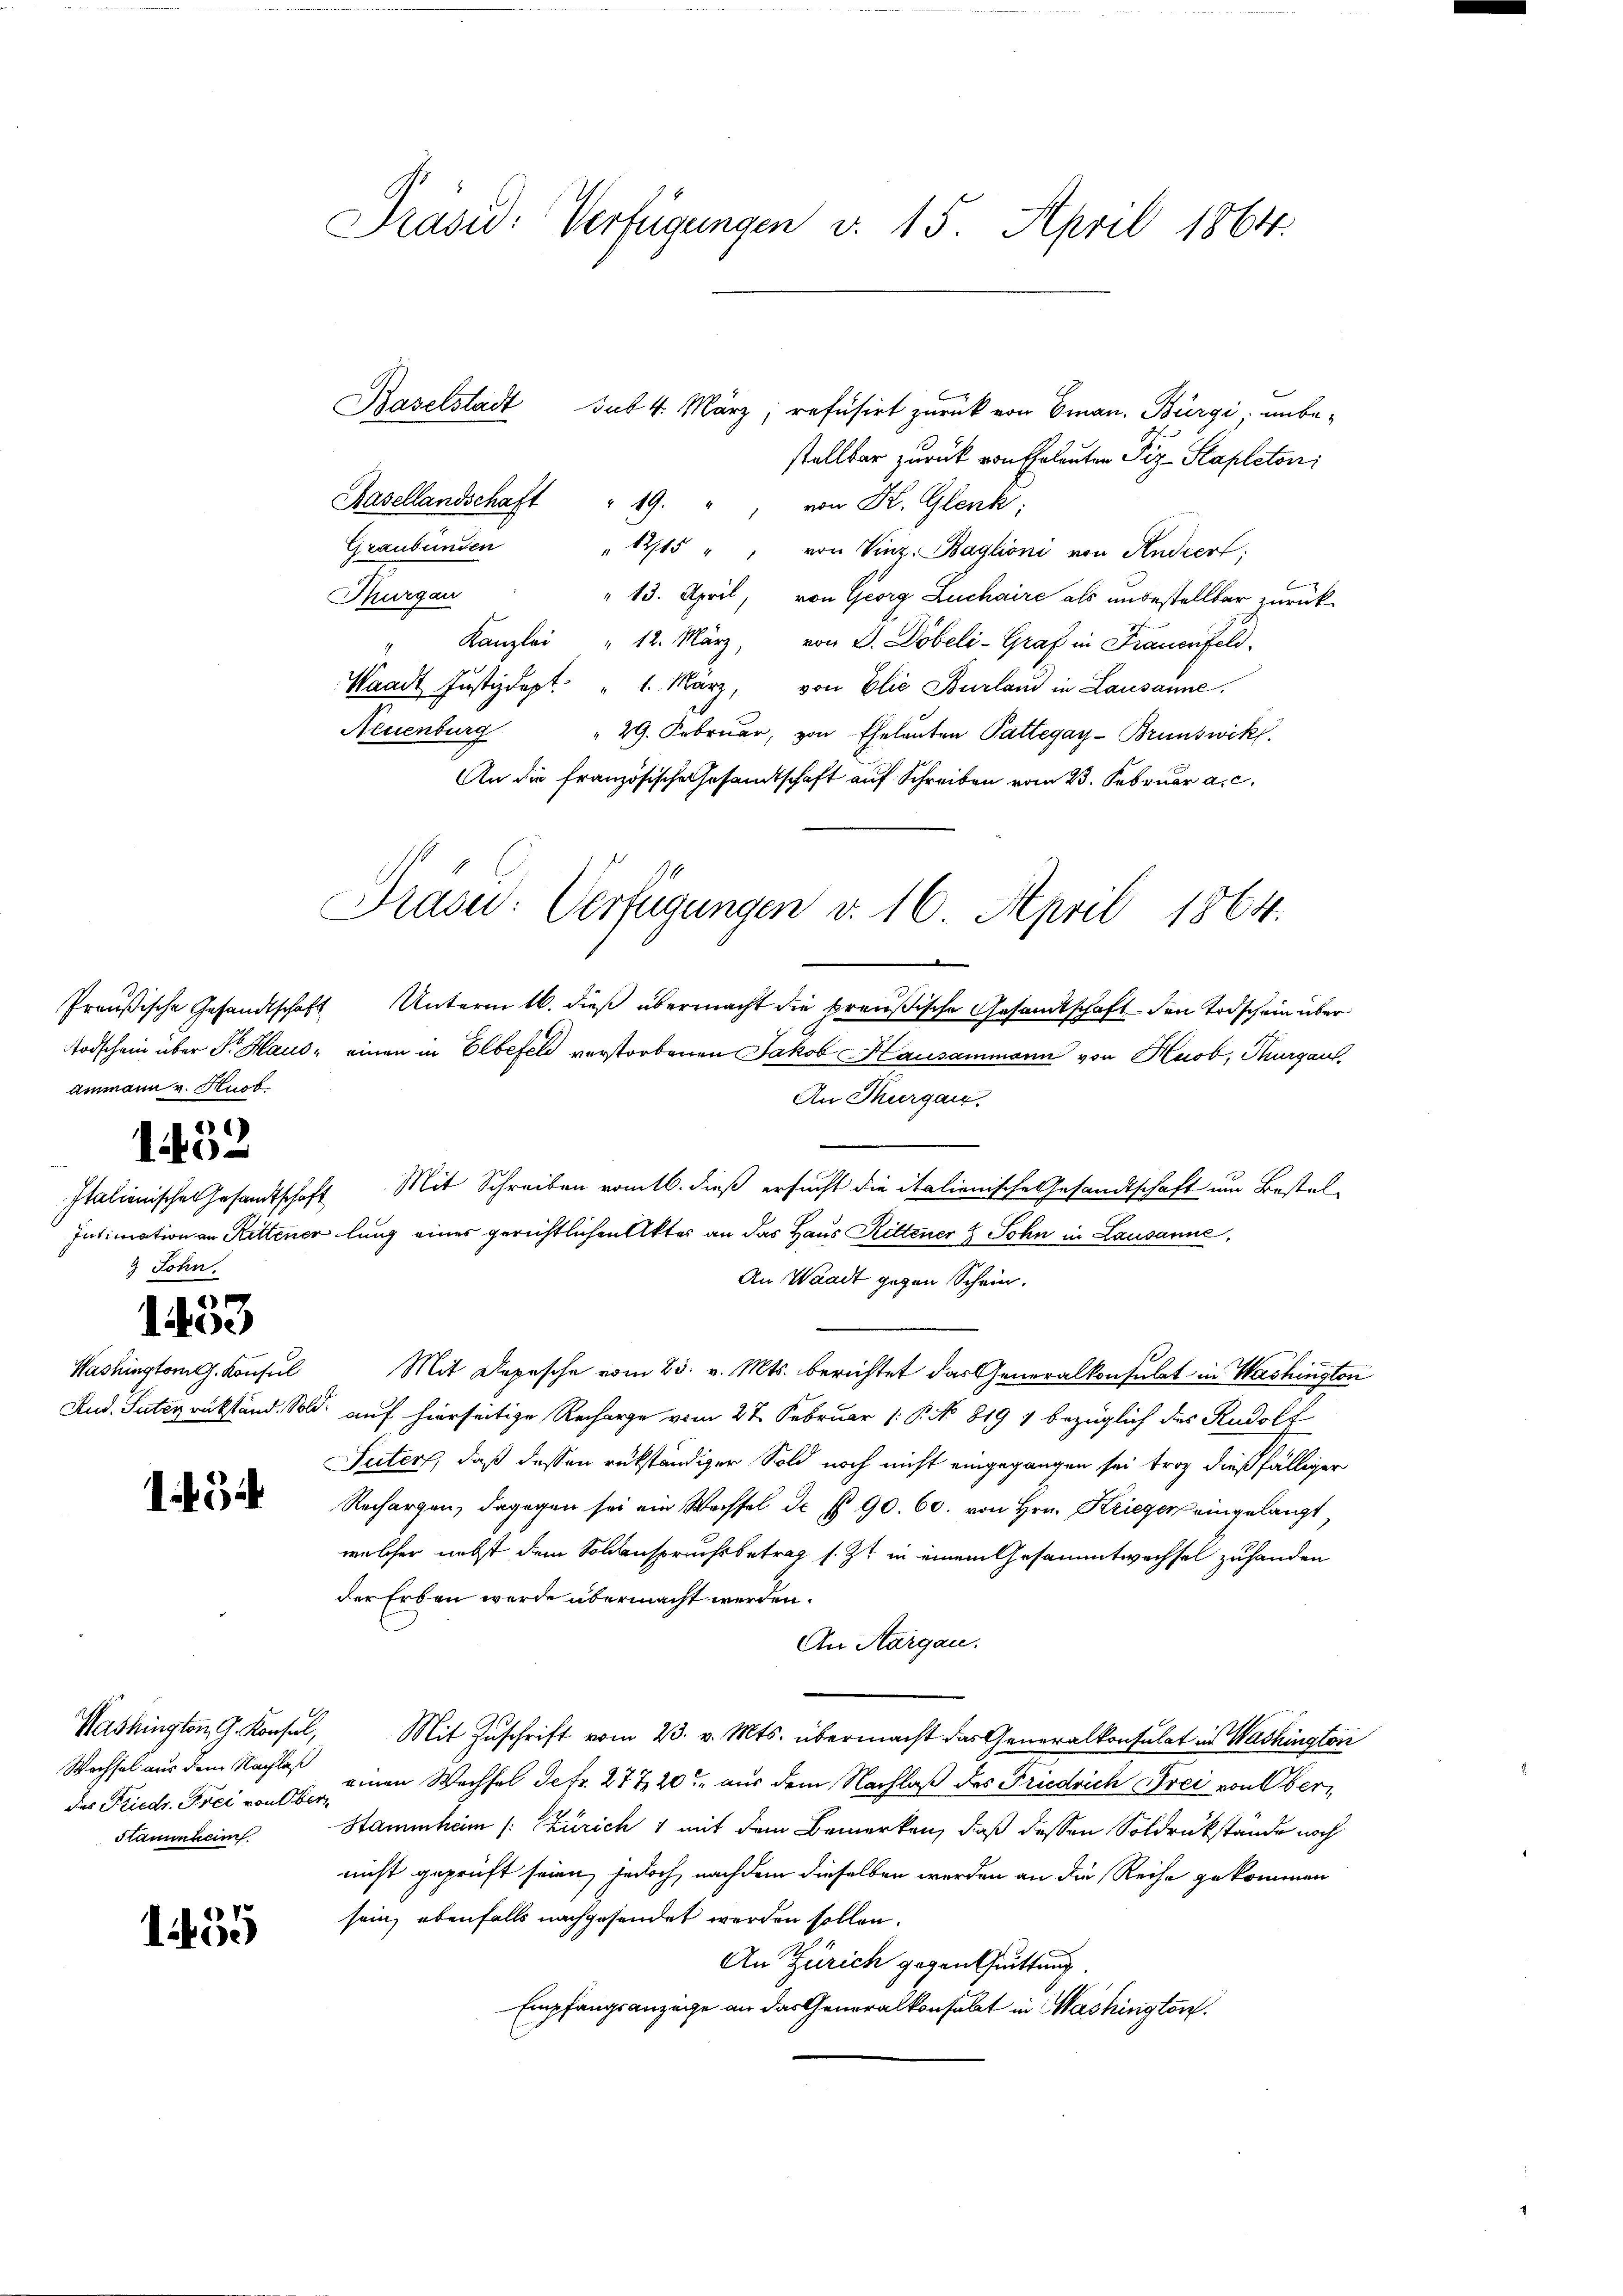
Ammann v. Kuob.

)
140

Jolin.

1453

Washingtong. Konsul
Rud. Suter rükstand. Sold.

134

Washington G. Konsul,
Wechsel aus dem Nachlaß
des Friedr. Frei von Ober
Stammheim

1455

Präsid. Verfügungen v. 15. April 1864.

Baselstadt
sut 4. März, refusirt zurück von Eman. Bürgi, unbestellbar zurück von Erlauten Piz-Stapleton
Hasellandschaft " 19. " " von K. Glenk
Graubünden " 12/15 " " von Vinz. Baglioni von Andert:
b
Thurgau
" 13. April, von Georg Luchaire als unbestellbar zurück-
" Kanzlei " 12. März, von D. Döbeli-Graf in Frauenfeld.
Waadt Justizdept. " 1. März, von Elie Burland in Lausanne
Neuenburg
 29. Februar, von Eheleuten Pattegay- Brunswikl.
An die französische Gesandtschaft auf Schreiben vom 23. Februar a. c.
Preußische Gesandtschaft Unterm 16. dieß übermacht die preußische Gesandtschaft den Todschein über
odschein über Sr. Haus, einen in Elbefeld verstorbenen Jakob Hausammann von Hiob, Thurgau,
An Thurgau.
Italienisches Gesandtschaft Mit Schreiben vom 16. dieß ersucht die italionische Gesandtschaft um Bestel¬
Intimation an Rittener lung eines gerichtlichen Akter an das Haus Rittener 4 Sohn in Lausanne,
An Waadt gegen Schein.
Mit Depesche vom 23. v. Mts. berichtet das Generalkonsulat in Washington
 auf hierseitige Recharge vom 27. Februar (: P. No. 819 4 bezüglich des Rudolf
Suter, daß dessen rükständiger Sold noch nicht eingegangen sei trag dießfälliger
Rechargen, dagegen sei ein Wachsel de § 90. 60. von Hrn. Kriegen eingelangt,
welcher nebst dem Sollenspruchsbetrag s. Zt. in einem Gesammtwechsel zuhanden
der Erben werde übermacht werden.
An Aargau.
Mit Zuschrift vom 23. v. Mts. übermacht das Generalkonsulat in Washington
einen Wechsel Sefr. 277, 20 aus dem Nachlaß des Friedrich Frei von Ober¬
Stammheim (: Zürich 1 mit dem Bemerken, daß dessen Soldrückstände noch
nicht geprüft seien, jedoch, nachdem dieselben werden an die Reihe gekommen
sein, ebenfalls nachgesendet werden sollen.
An Zürich gegenthuittung.
Empfangsanzeige an das Generalkonsabet in Washington.

Praser: Verfügungen v. 16. April 1864.
e